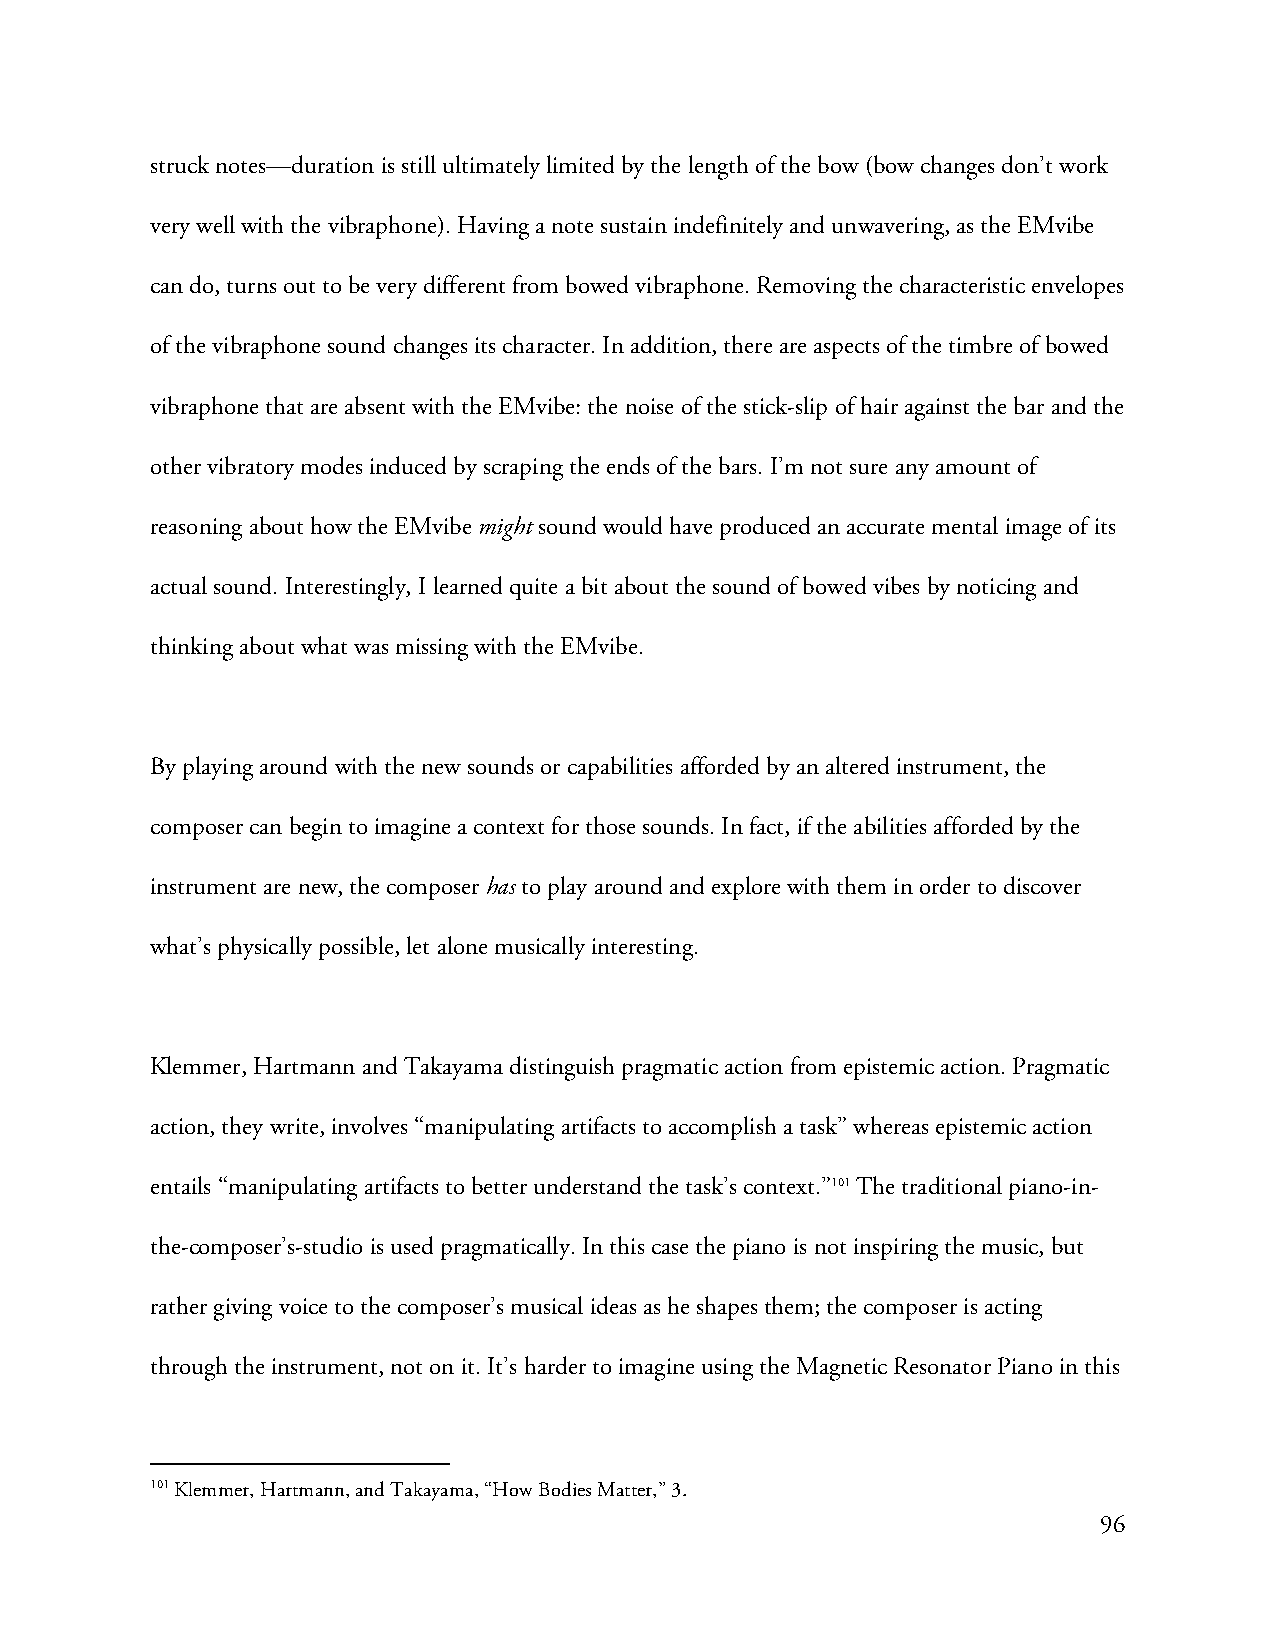
struck notes—duration is still ultimately limited by the length of the bow (bow changes don’t work
 very well with the vibraphone). Having a note sustain indefinitely and unwavering, as the EMvibe
 can do, turns out to be very different from bowed vibraphone. Removing the characteristic envelopes
 of the vibraphone sound changes its character. In addition, there are aspects of the timbre of bowed
 vibraphone that are absent with the EMvibe: the noise of the stick-slip of hair against the bar and the
 other vibratory modes induced by scraping the ends of the bars. I’m not sure any amount of
 reasoning about how the EMvibe might sound would have produced an accurate mental image of its
 actual sound. Interestingly, I learned quite a bit about the sound of bowed vibes by noticing and
 thinking about what was missing with the EMvibe.
 By playing around with the new sounds or capabilities afforded by an altered instrument, the
 composer can begin to imagine a context for those sounds. In fact, if the abilities afforded by the
 instrument are new, the composer has to play around and explore with them in order to discover
 what’s physically possible, let alone musically interesting.
 Klemmer, Hartmann and Takayama distinguish pragmatic action from epistemic action. Pragmatic
 action, they write, involves “manipulating artifacts to accomplish a task” whereas epistemic action
 entails “manipulating artifacts to better understand the task’s context.”101 The traditional piano-in-
 the-composer’s-studio is used pragmatically. In this case the piano is not inspiring the music, but
 rather giving voice to the composer’s musical ideas as he shapes them; the composer is acting
 through the instrument, not on it. It’s harder to imagine using the Magnetic Resonator Piano in this
 101 Klemmer, Hartmann, and Takayama, “How Bodies Matter,” 3.
 96